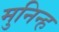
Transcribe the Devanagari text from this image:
मुनिन्ह